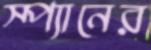
স্প্যানের